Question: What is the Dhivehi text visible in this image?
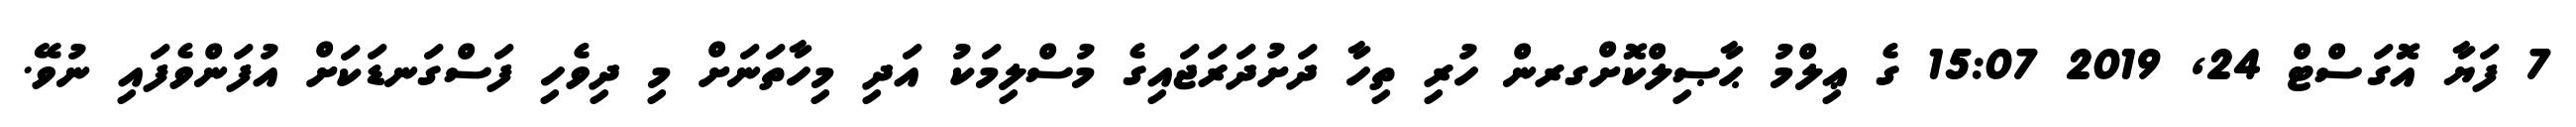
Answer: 7 ފަޔާ އޮގަސްޓް 24, 2019 15:07 ގެ ޢިލްމު ޙާޞިލްކޮށްގރން ހުރި ތިހާ ދަށުދަރަޖައިގެ މުސްލިމަކު އަދި މިހާތަނަށް މި ދިވެހި ފަސްގަނޑަކަށް އުފަންވެފައި ނުވޭ.